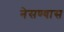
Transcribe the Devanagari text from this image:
नेसण्यास